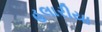
હલારીયા